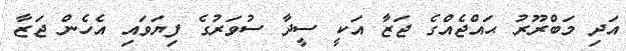
އަދި މަބްރޫރު ޙައްޖެއްގެ ޖަޒާ އަކީ ސީދާ ސުވަރުގެ ފިޔަވައި އެހެން ޖަޒާ